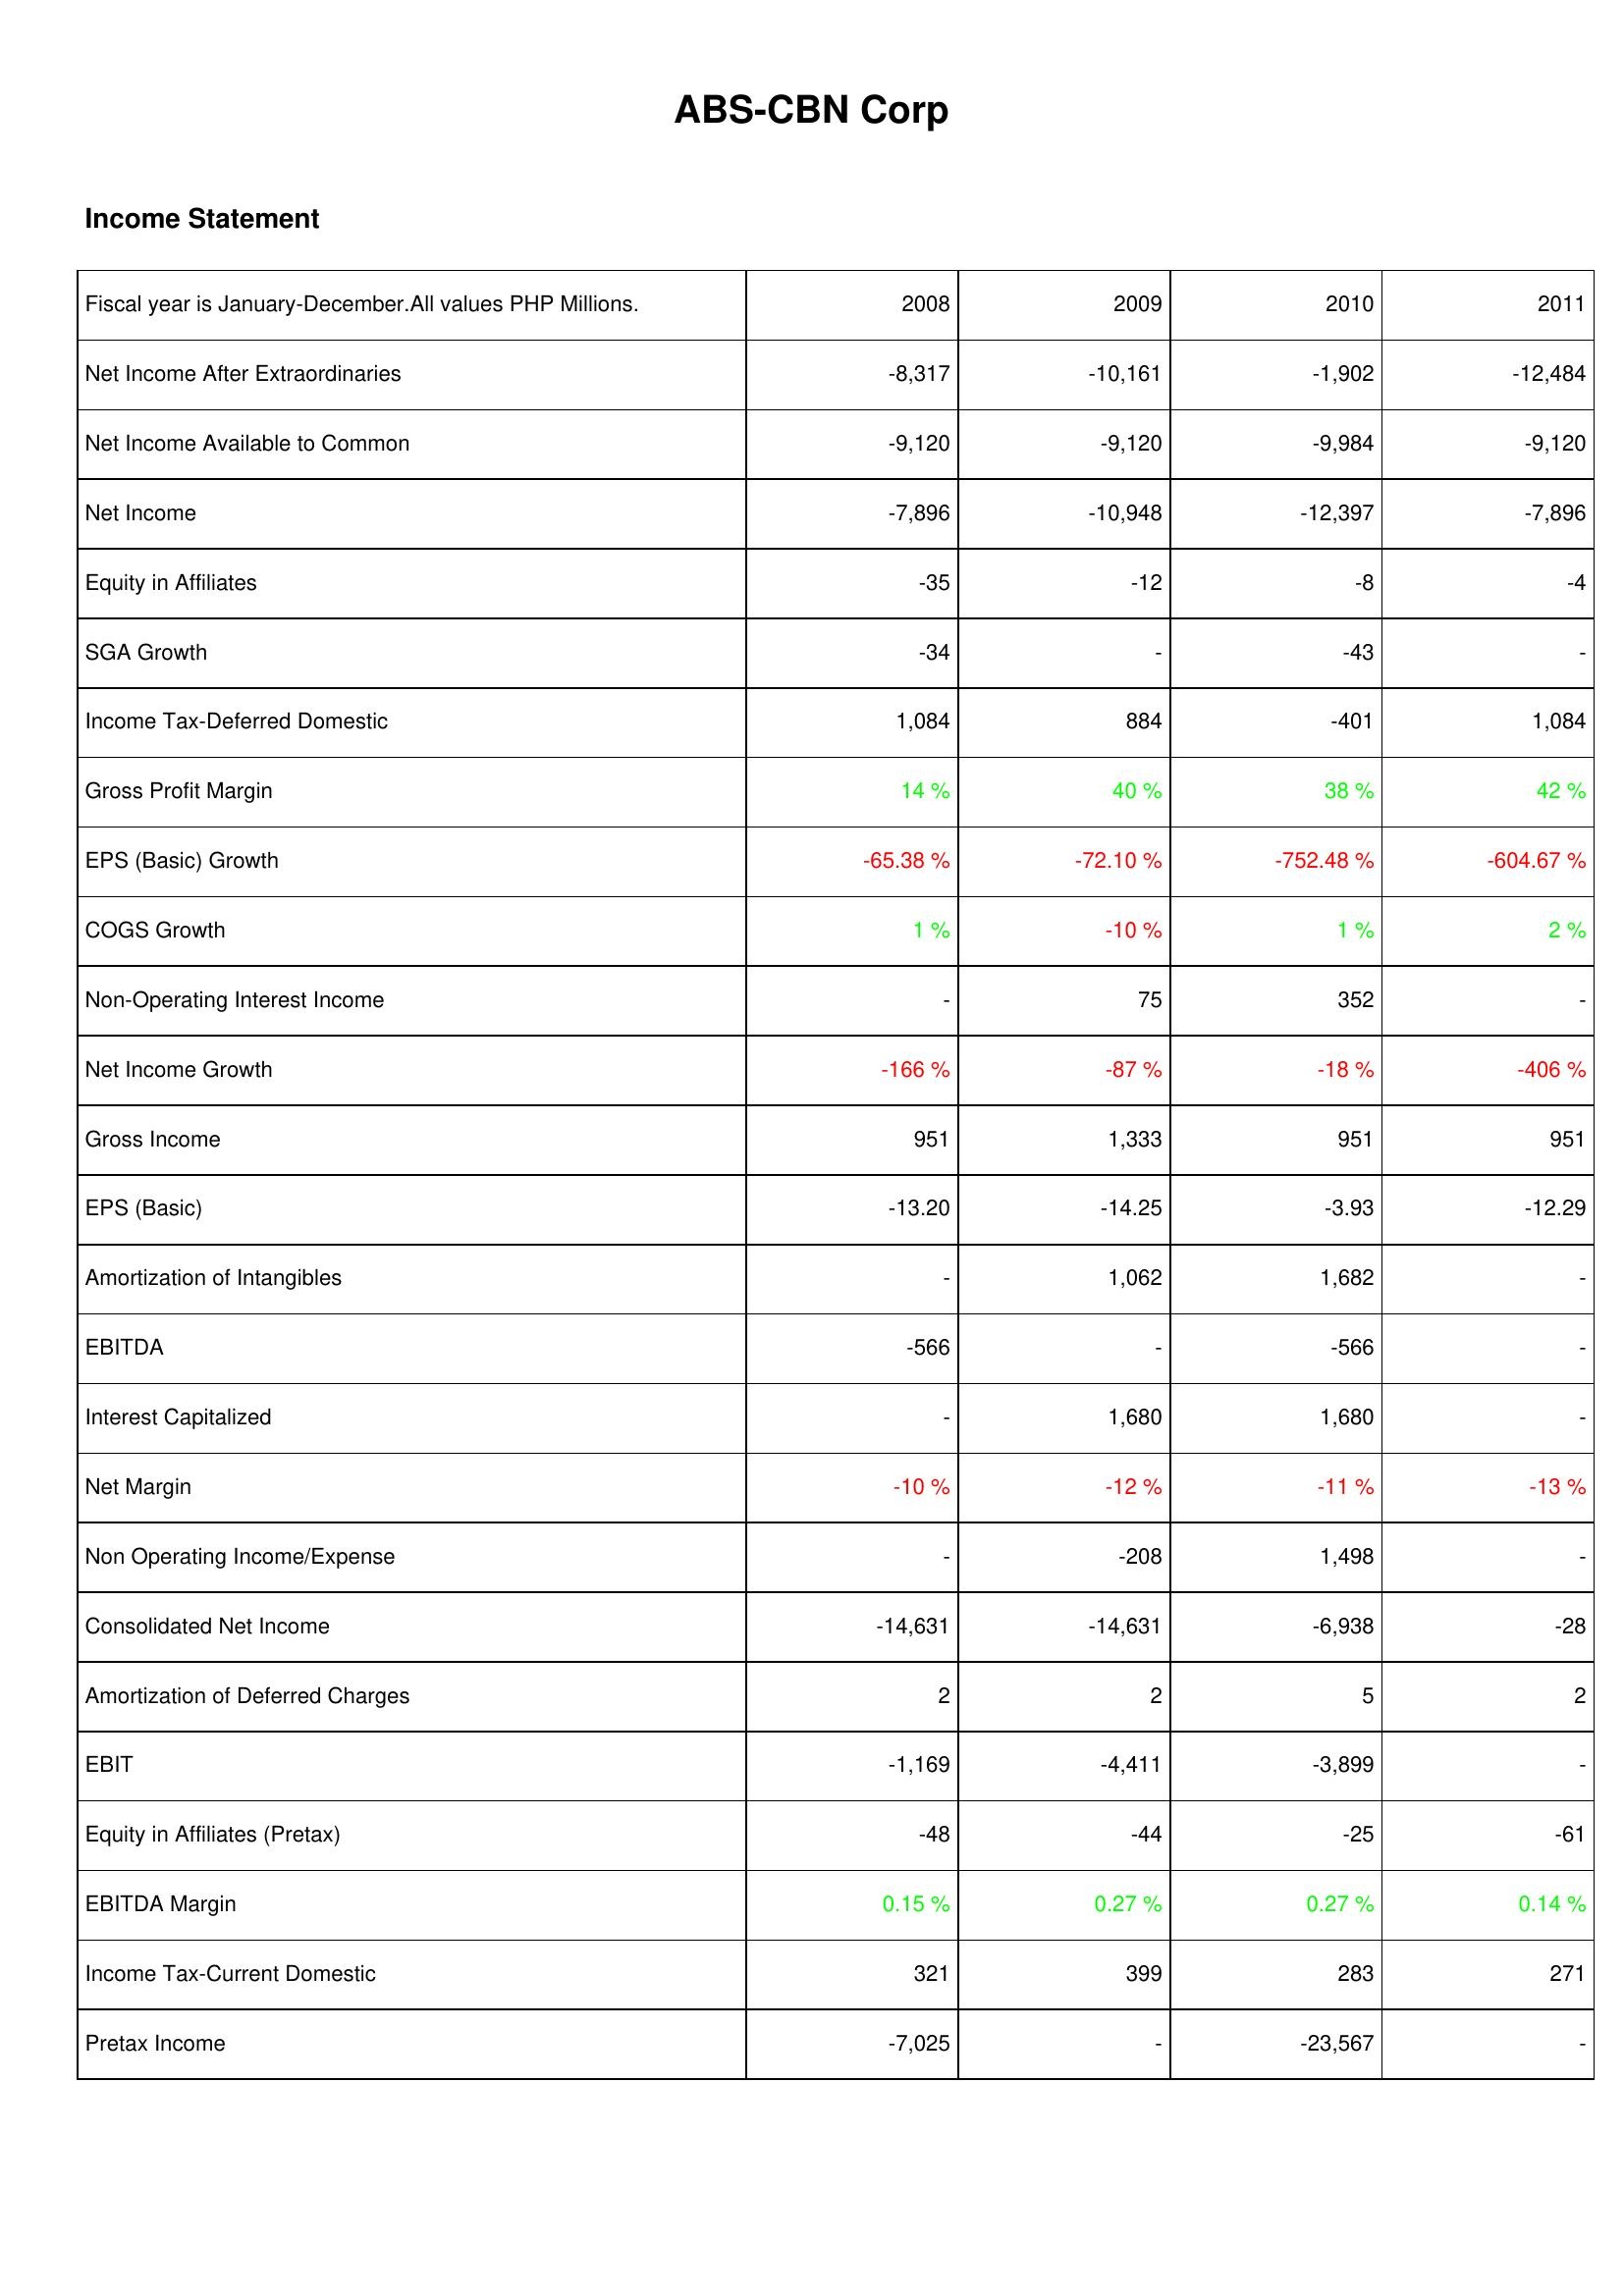
2008: Income Statement: Net Income After Extraordinaries: -8,317
Net Income Available to Common: -9,120
Net Income: -7,896
Equity in Affiliates: -35
SGA Growth: -34
Income Tax-Deferred Domestic: 1,084
Gross Profit Margin: 14 %
EPS (Basic) Growth: -65.38 %
COGS Growth: 1 %
Non-Operating Interest Income: -
Net Income Growth: -166 %
Gross Income: 951
EPS (Basic): -13.20
Amortization of Intangibles: -
EBITDA: -566
Interest Capitalized: -
Net Margin: -10 %
Non Operating Income/Expense: -
Consolidated Net Income: -14,631
Amortization of Deferred Charges: 2
EBIT: -1,169
Equity in Affiliates (Pretax): -48
EBITDA Margin: 0.15 %
Income Tax-Current Domestic: 321
Pretax Income: -7,025
2009: Income Statement: Net Income After Extraordinaries: -10,161
Net Income Available to Common: -9,120
Net Income: -10,948
Equity in Affiliates: -12
SGA Growth: -
Income Tax-Deferred Domestic: 884
Gross Profit Margin: 40 %
EPS (Basic) Growth: -72.10 %
COGS Growth: -10 %
Non-Operating Interest Income: 75
Net Income Growth: -87 %
Gross Income: 1,333
EPS (Basic): -14.25
Amortization of Intangibles: 1,062
EBITDA: -
Interest Capitalized: 1,680
Net Margin: -12 %
Non Operating Income/Expense: -208
Consolidated Net Income: -14,631
Amortization of Deferred Charges: 2
EBIT: -4,411
Equity in Affiliates (Pretax): -44
EBITDA Margin: 0.27 %
Income Tax-Current Domestic: 399
Pretax Income: -
2010: Income Statement: Net Income After Extraordinaries: -1,902
Net Income Available to Common: -9,984
Net Income: -12,397
Equity in Affiliates: -8
SGA Growth: -43
Income Tax-Deferred Domestic: -401
Gross Profit Margin: 38 %
EPS (Basic) Growth: -752.48 %
COGS Growth: 1 %
Non-Operating Interest Income: 352
Net Income Growth: -18 %
Gross Income: 951
EPS (Basic): -3.93
Amortization of Intangibles: 1,682
EBITDA: -566
Interest Capitalized: 1,680
Net Margin: -11 %
Non Operating Income/Expense: 1,498
Consolidated Net Income: -6,938
Amortization of Deferred Charges: 5
EBIT: -3,899
Equity in Affiliates (Pretax): -25
EBITDA Margin: 0.27 %
Income Tax-Current Domestic: 283
Pretax Income: -23,567
2011: Income Statement: Net Income After Extraordinaries: -12,484
Net Income Available to Common: -9,120
Net Income: -7,896
Equity in Affiliates: -4
SGA Growth: -
Income Tax-Deferred Domestic: 1,084
Gross Profit Margin: 42 %
EPS (Basic) Growth: -604.67 %
COGS Growth: 2 %
Non-Operating Interest Income: -
Net Income Growth: -406 %
Gross Income: 951
EPS (Basic): -12.29
Amortization of Intangibles: -
EBITDA: -
Interest Capitalized: -
Net Margin: -13 %
Non Operating Income/Expense: -
Consolidated Net Income: -28
Amortization of Deferred Charges: 2
EBIT: -
Equity in Affiliates (Pretax): -61
EBITDA Margin: 0.14 %
Income Tax-Current Domestic: 271
Pretax Income: -